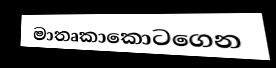
මාතෘකාකොටගෙන